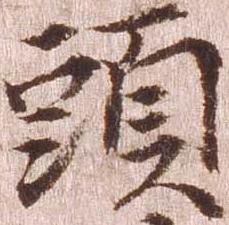
頭